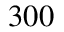
3 0 0